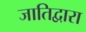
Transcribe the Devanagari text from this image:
जातिद्वारा